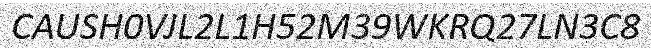
CAUSH0VJL2L1H52M39WKRQ27LN3C8